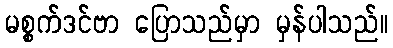
မစ္စက်ဒင်ဗာ ပြောသည်မှာ မှန်ပါသည်။